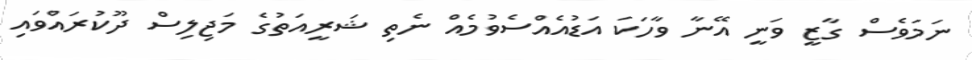
ނަމަވެސް ގާޒީ ވަނީ އޭނާ ވާހަކަ އަޑުއެއްސެވުމެއް ނެތި ޝަރީއަތުގެ މަޖިލިސް ދޫކުރައްވައި